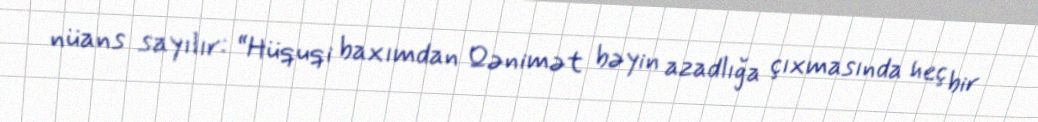
nüans sayılır: “Hüquqi baxımdan Qənimət bəyin azadlığa çıxmasında heç bir